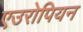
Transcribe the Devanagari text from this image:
एउरोपियन